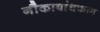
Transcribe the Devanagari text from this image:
नौकाबांधकाम